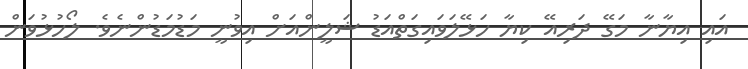
އައި އިޔާނާ މަގޭ ދަރިއޭ ކިޔާ ހަޅޭލަވައިގަތްއަޑު ޝަލީންއަށް އިވުނީ މަޑުމަޑުންނެވެ. ލޯހުޅުވަން